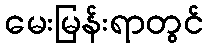
မေးမြန်းရာတွင်